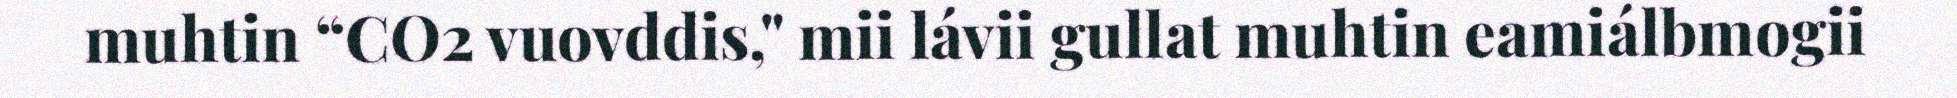
muhtin “CO2 vuovddis," mii lávii gullat muhtin eamiálbmogii